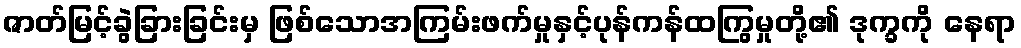
ဇာတ်မြင့်ခွဲခြားခြင်းမှ ဖြစ်သောအကြမ်းဖက်မှုနှင့်ပုန်ကန်ထကြွမှုတို့၏ ဒုက္ခကို နေရာ